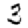
Digit: 3